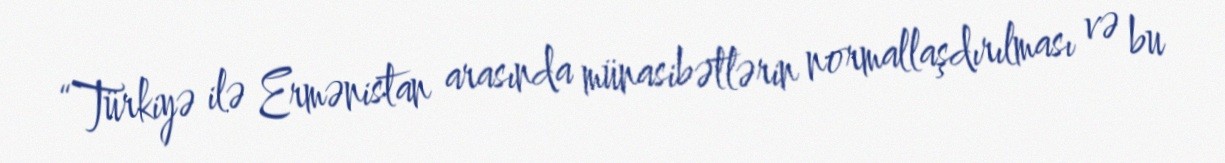
“Türkiyə ilə Ermənistan arasında münasibətlərin normallaşdırılması və bu